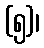
(၅)၊